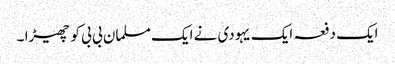
ایک دفعہ ایک یہودی نے ایک مسلمان بی بی کو چھیڑا ۔